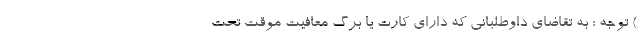
) توجه : به تقاضای داوطلبانی که دارای کارت یا برگ معافیت موقت تحت